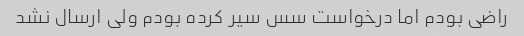
راضی بودم اما درخواست سس سیر کرده بودم ولی ارسال نشد